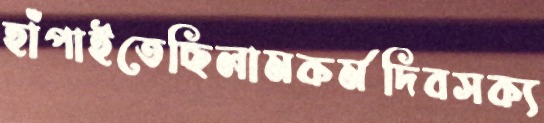
হাঁপাইতেছিলামকর্মদিবসক্য